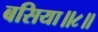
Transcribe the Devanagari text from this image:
बसिया॥८॥